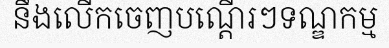
នឹងលើកចេញបណ្តើរៗទណ្ឌកម្ម